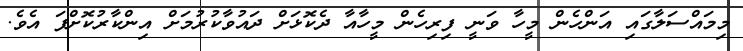
މިމައްސަލާގައި އަންހެން މީހާ ވަނީ ފިރިހެން މީހާއާ ދެކޮޅަށް ދައުވާކުރުމަށް އިންކާރުކޮށްފަ އެވެ.